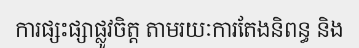
ការផ្សះផ្សាផ្លូវចិត្ត តាមរយៈការតែងនិពន្ធ និង